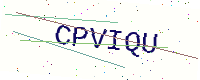
Text: CPVIQU